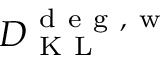
D _ { \mathrm { ~ K ~ L ~ } } ^ { \mathrm { ~ d ~ e ~ g ~ , ~ w ~ } }